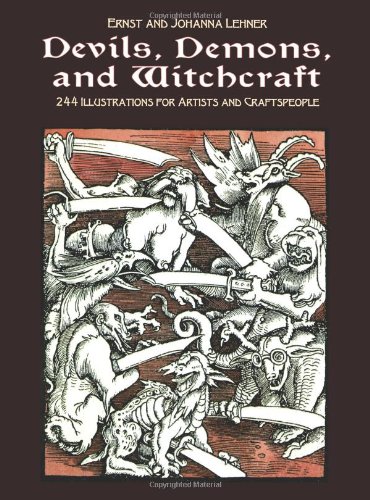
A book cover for Devils, Demons and Witchcraft; Arts & Photography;